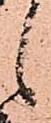
之